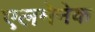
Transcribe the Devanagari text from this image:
एलमेनेक